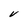
Character: V